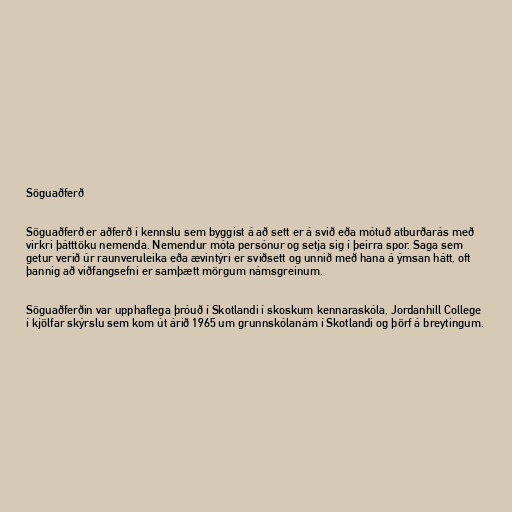
Söguaðferð

Söguaðferð er aðferð í kennslu sem byggist á að sett er á svið eða mótuð atburðarás með
virkri þátttöku nemenda. Nemendur móta persónur og setja sig í þeirra spor. Saga sem
getur verið úr raunveruleika eða ævintýri er sviðsett og unnið með hana á ýmsan hátt, oft
þannig að viðfangsefni er samþætt mörgum námsgreinum.

Söguaðferðin var upphaflega þróuð í Skotlandi í skoskum kennaraskóla, Jordanhill College
í kjölfar skýrslu sem kom út árið 1965 um grunnskólanám í Skotlandi og þörf á breytingum.